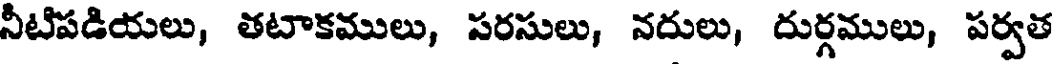
నీటిపడియలు, తటాకములు, సరసులు, నదులు, దుర్గములు, పర్వత